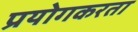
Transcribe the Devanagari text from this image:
प्रयोगकरता